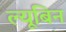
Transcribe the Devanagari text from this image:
ल्यूबिन